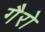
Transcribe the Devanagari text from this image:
गैरो